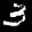
Label: 3